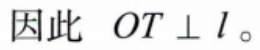
因此 \(OT \perp l\)。